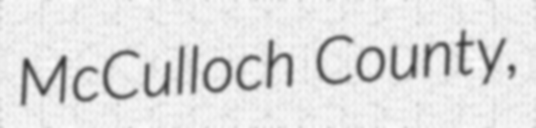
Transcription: McCulloch County,